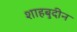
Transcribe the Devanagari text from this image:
शाहबुदीन